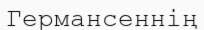
Германсеннің